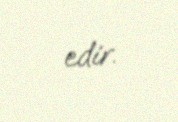
edir.